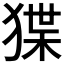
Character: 𭸗